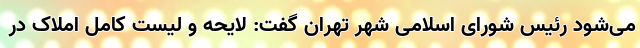
می‌شود رئیس شورای اسلامی شهر تهران گفت: لایحه و لیست کامل املاک در